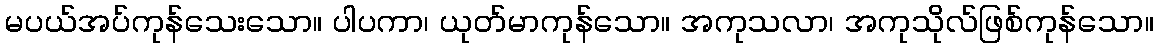
မပယ်အပ်ကုန်သေးသော။ ပါပကာ၊ ယုတ်မာကုန်သော။ အကုသလာ၊ အကုသိုလ်ဖြစ်ကုန်သော။